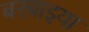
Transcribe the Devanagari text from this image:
बरबाइया